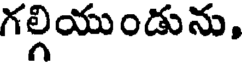
గల్గియుండును,